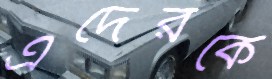
এদেরকে